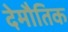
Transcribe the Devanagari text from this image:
देमौतिक